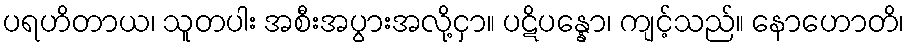
ပရဟိတာယ၊ သူတပါး အစီးအပွားအလို့ငှာ။ ပဋိပန္နော၊ ကျင့်သည်။ နောဟောတိ၊